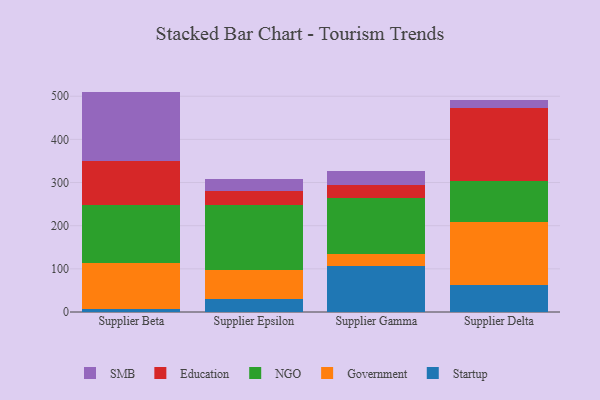
{"axis": {"x": "Supplier", "y": "Churn Rate (%)"}, "legend": ["Education", "Government", "NGO", "SMB", "Startup"], "data": [{"x": "Supplier Beta", "y": 7.4, "type": "Startup"}, {"x": "Supplier Beta", "y": 106.6, "type": "Government"}, {"x": "Supplier Beta", "y": 133.7, "type": "NGO"}, {"x": "Supplier Beta", "y": 101.7, "type": "Education"}, {"x": "Supplier Beta", "y": 161.3, "type": "SMB"}, {"x": "Supplier Epsilon", "y": 30.8, "type": "Startup"}, {"x": "Supplier Epsilon", "y": 67.3, "type": "Government"}, {"x": "Supplier Epsilon", "y": 149.2, "type": "NGO"}, {"x": "Supplier Epsilon", "y": 32.2, "type": "Education"}, {"x": "Supplier Epsilon", "y": 28.9, "type": "SMB"}, {"x": "Supplier Gamma", "y": 106.4, "type": "Startup"}, {"x": "Supplier Gamma", "y": 28.9, "type": "Government"}, {"x": "Supplier Gamma", "y": 127.8, "type": "NGO"}, {"x": "Supplier Gamma", "y": 32.2, "type": "Education"}, {"x": "Supplier Gamma", "y": 31.5, "type": "SMB"}, {"x": "Supplier Delta", "y": 61.6, "type": "Startup"}, {"x": "Supplier Delta", "y": 146.0, "type": "Government"}, {"x": "Supplier Delta", "y": 96.7, "type": "NGO"}, {"x": "Supplier Delta", "y": 169.1, "type": "Education"}, {"x": "Supplier Delta", "y": 17.9, "type": "SMB"}]}